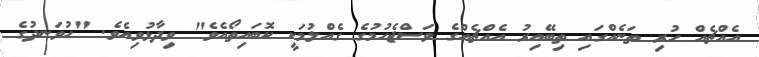
އެއްޗެއް ހުރި ތަނެއްގައި ތިބޭއިރު އެއްޗެއްގެ ވަސްޖެހުމުގެ ގެއްލުމަކީ ކޮބައިތޯއެވެ" ވިދާޅުވިއެވެ. "ހުވަނދުގެ